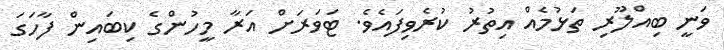
ވަނީ ބިއްލޫރި ތަޅުމެއް އިތުރު ކުރެވިފައެވެ. ޓަވަރަށް އަރާ މީހުންގެ ކިބައިން ފާހަގަ